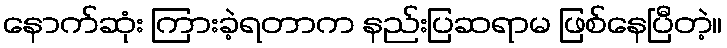
နောက်ဆုံး ကြားခဲ့ရတာက နည်းပြဆရာမ ဖြစ်နေပြီတဲ့။